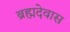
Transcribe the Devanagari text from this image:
ब्रह्मदेवास